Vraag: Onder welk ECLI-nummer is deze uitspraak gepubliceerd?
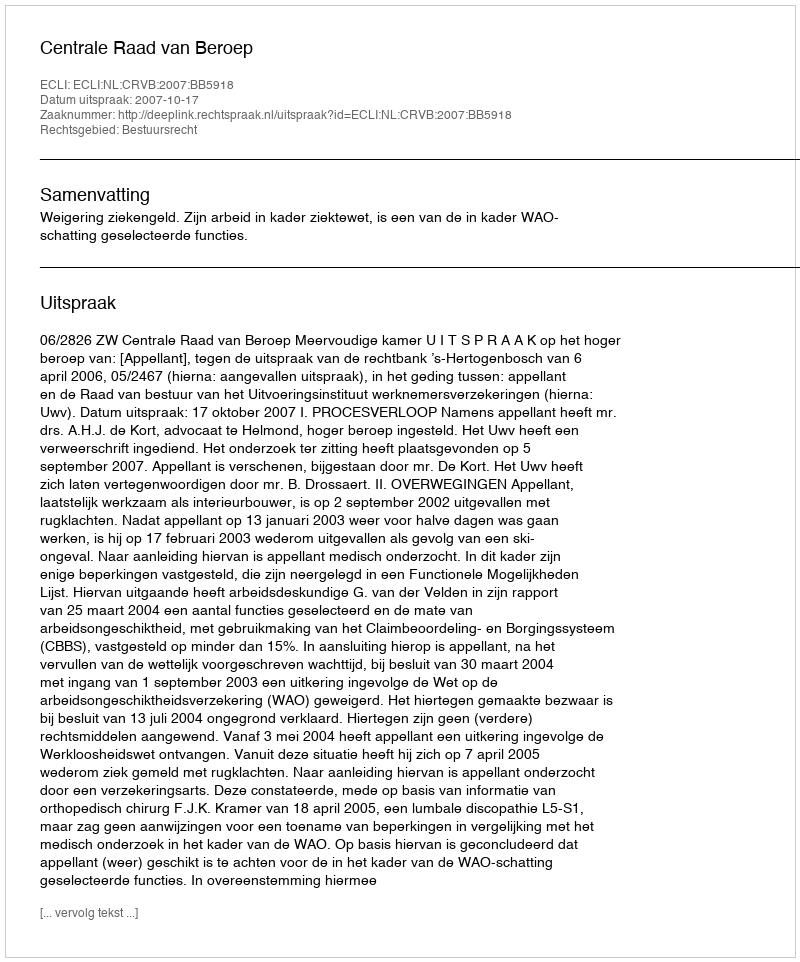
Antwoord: ECLI:NL:CRVB:2007:BB5918